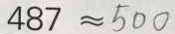
4 8 7 \approx 5 0 0